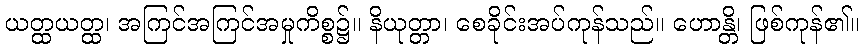
ယတ္ထယတ္ထ၊ အကြင်အကြင်အမှုကိစ္စ၌။ နိယုတ္တာ၊ စေခိုင်းအပ်ကုန်သည်။ ဟောန္တိ၊ ဖြစ်ကုန်၏။